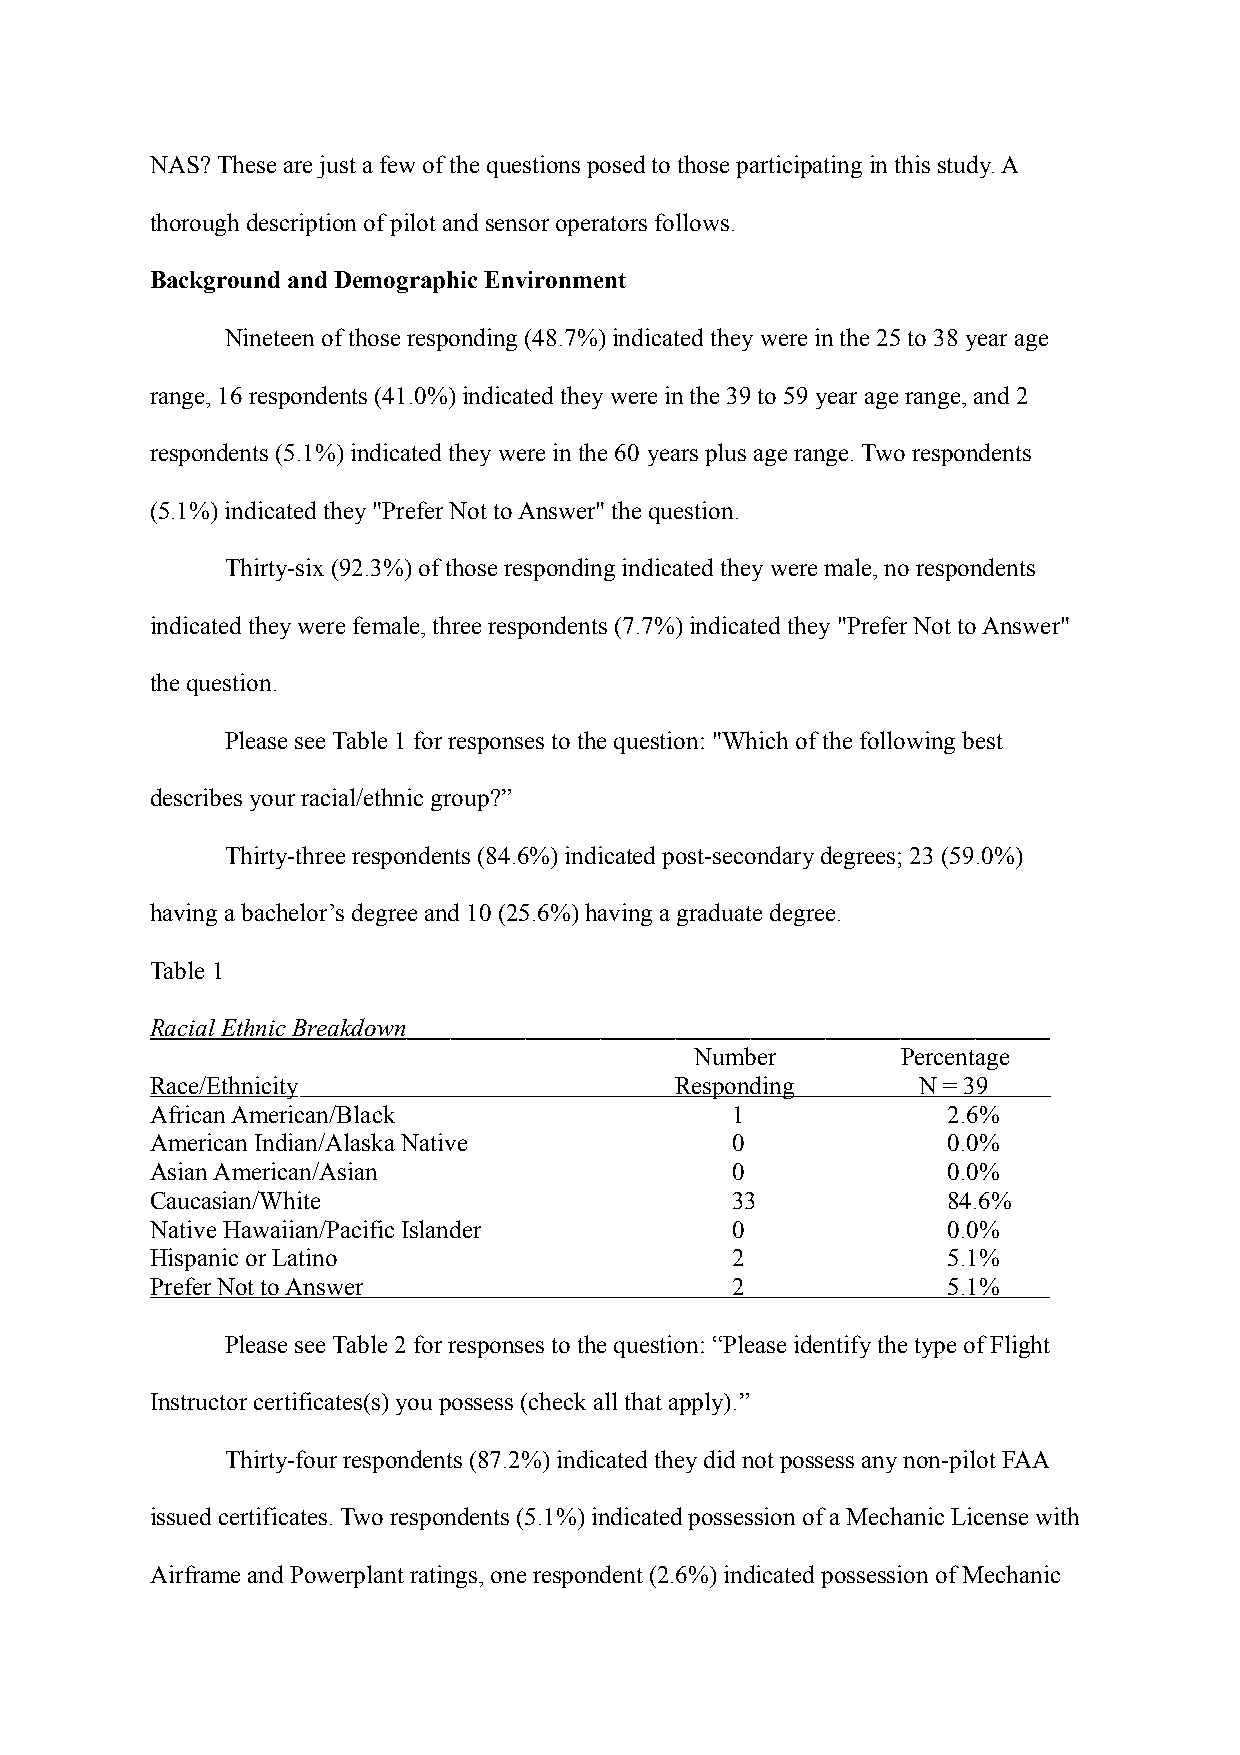
NAS? These are just a few of the questions posed to those participating in this study. A
 thorough description of pilot and sensor operators follows.
 Background and Demographic Environment
 Nineteen of those responding (48.7%) indicated they were in the 25 to 38 year age
 range, 16 respondents (41.0%) indicated they were in the 39 to 59 year age range, and 2
 respondents (5.1%) indicated they were in the 60 years plus age range. Two respondents
 (5.1%) indicated they "Prefer Not to Answer" the question.
 Thirty-six (92.3%) of those responding indicated they were male, no respondents
 indicated they were female, three respondents (7.7%) indicated they "Prefer Not to Answer"
 the question.
 Please see Table 1 for responses to the question: "Which of the following best
 describes your racial/ethnic group?”
 Thirty-three respondents (84.6%) indicated post-secondary degrees; 23 (59.0%)
 having a bachelor’s degree and 10 (25.6%) having a graduate degree.
 Table 1
 Racial Ethnic Breakdown
 Number        Percentage
 Race/Ethnicity                     Responding      N = 39
 African American/Black                1              2.6%
 American Indian/Alaska Native         0              0.0%
 Asian American/Asian                  0              0.0%
 Caucasian/White                       33             84.6%
 Native Hawaiian/Pacific Islander      0              0.0%
 Hispanic or Latino                    2              5.1%
 Prefer Not to Answer                  2              5.1%
 Please see Table 2 for responses to the question: “Please identify the type of Flight
 Instructor certificates(s) you possess (check all that apply).”
 Thirty-four respondents (87.2%) indicated they did not possess any non-pilot FAA
 issued certificates. Two respondents (5.1%) indicated possession of a Mechanic License with
 Airframe and Powerplant ratings, one respondent (2.6%) indicated possession of Mechanic